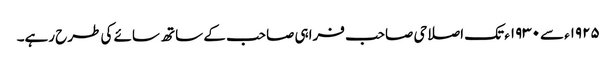
۱۹۲۵ء سے۱۹۳۰ء تک اصلاحی صاحب فراہی صاحب کے ساتھ سائے کی طرح رہے۔